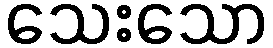
သေးသော